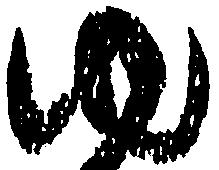
ゆ